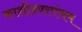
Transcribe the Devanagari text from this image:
काशीश्वरपंचम